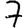
Digit: 7